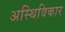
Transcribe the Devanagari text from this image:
अस्थिविकार